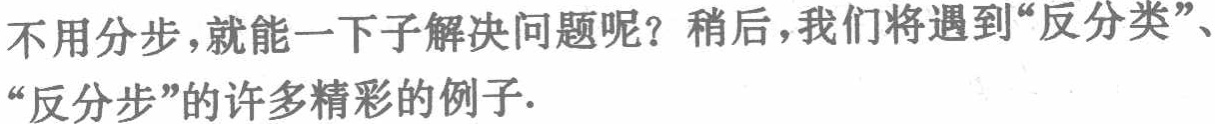
不用分步，就能一下子解决问题呢？稍后，我们将遇到“反分类”、“反分步”的许多精彩的例子.